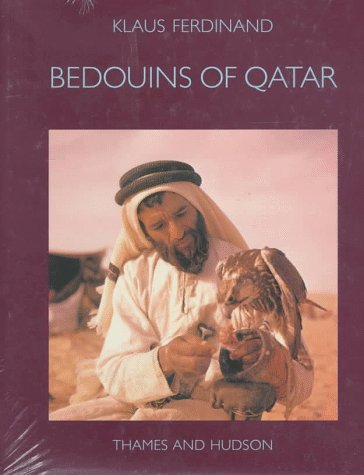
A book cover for Bedouins of Qatar (Carlsberg Foundation's Nomad Research Project); Klaus Ferdinand; History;